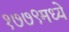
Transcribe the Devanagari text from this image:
१७७९मध्ये